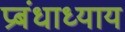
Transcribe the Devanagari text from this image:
प्रबंधाध्याय